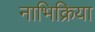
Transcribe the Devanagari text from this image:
नाभिक्रिया